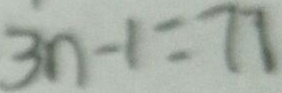
3 n - 1 = 7 7